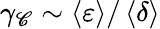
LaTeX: \gamma_{\mathscr{C}}\sim\left\langle\varepsilon\right\rangle/\left\langle\delta\right\rangle